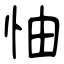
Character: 怞